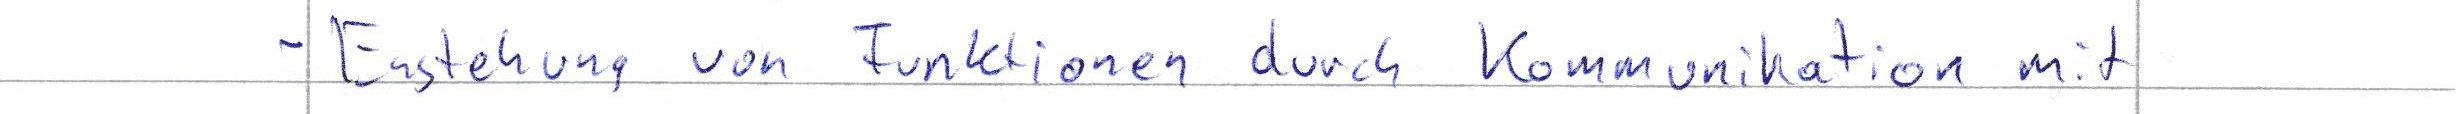
- Entstehung von Funktionen durch Kommunikation mit